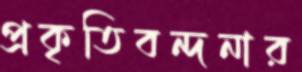
প্রকৃতিবন্দনার